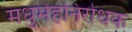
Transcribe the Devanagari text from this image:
मधुमेहनिरोधक